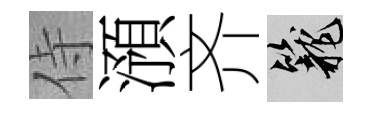
侍澦齐籠